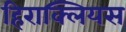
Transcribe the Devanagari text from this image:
हिराक्लियस